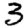
Digit: 3